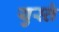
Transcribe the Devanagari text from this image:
युस्ते